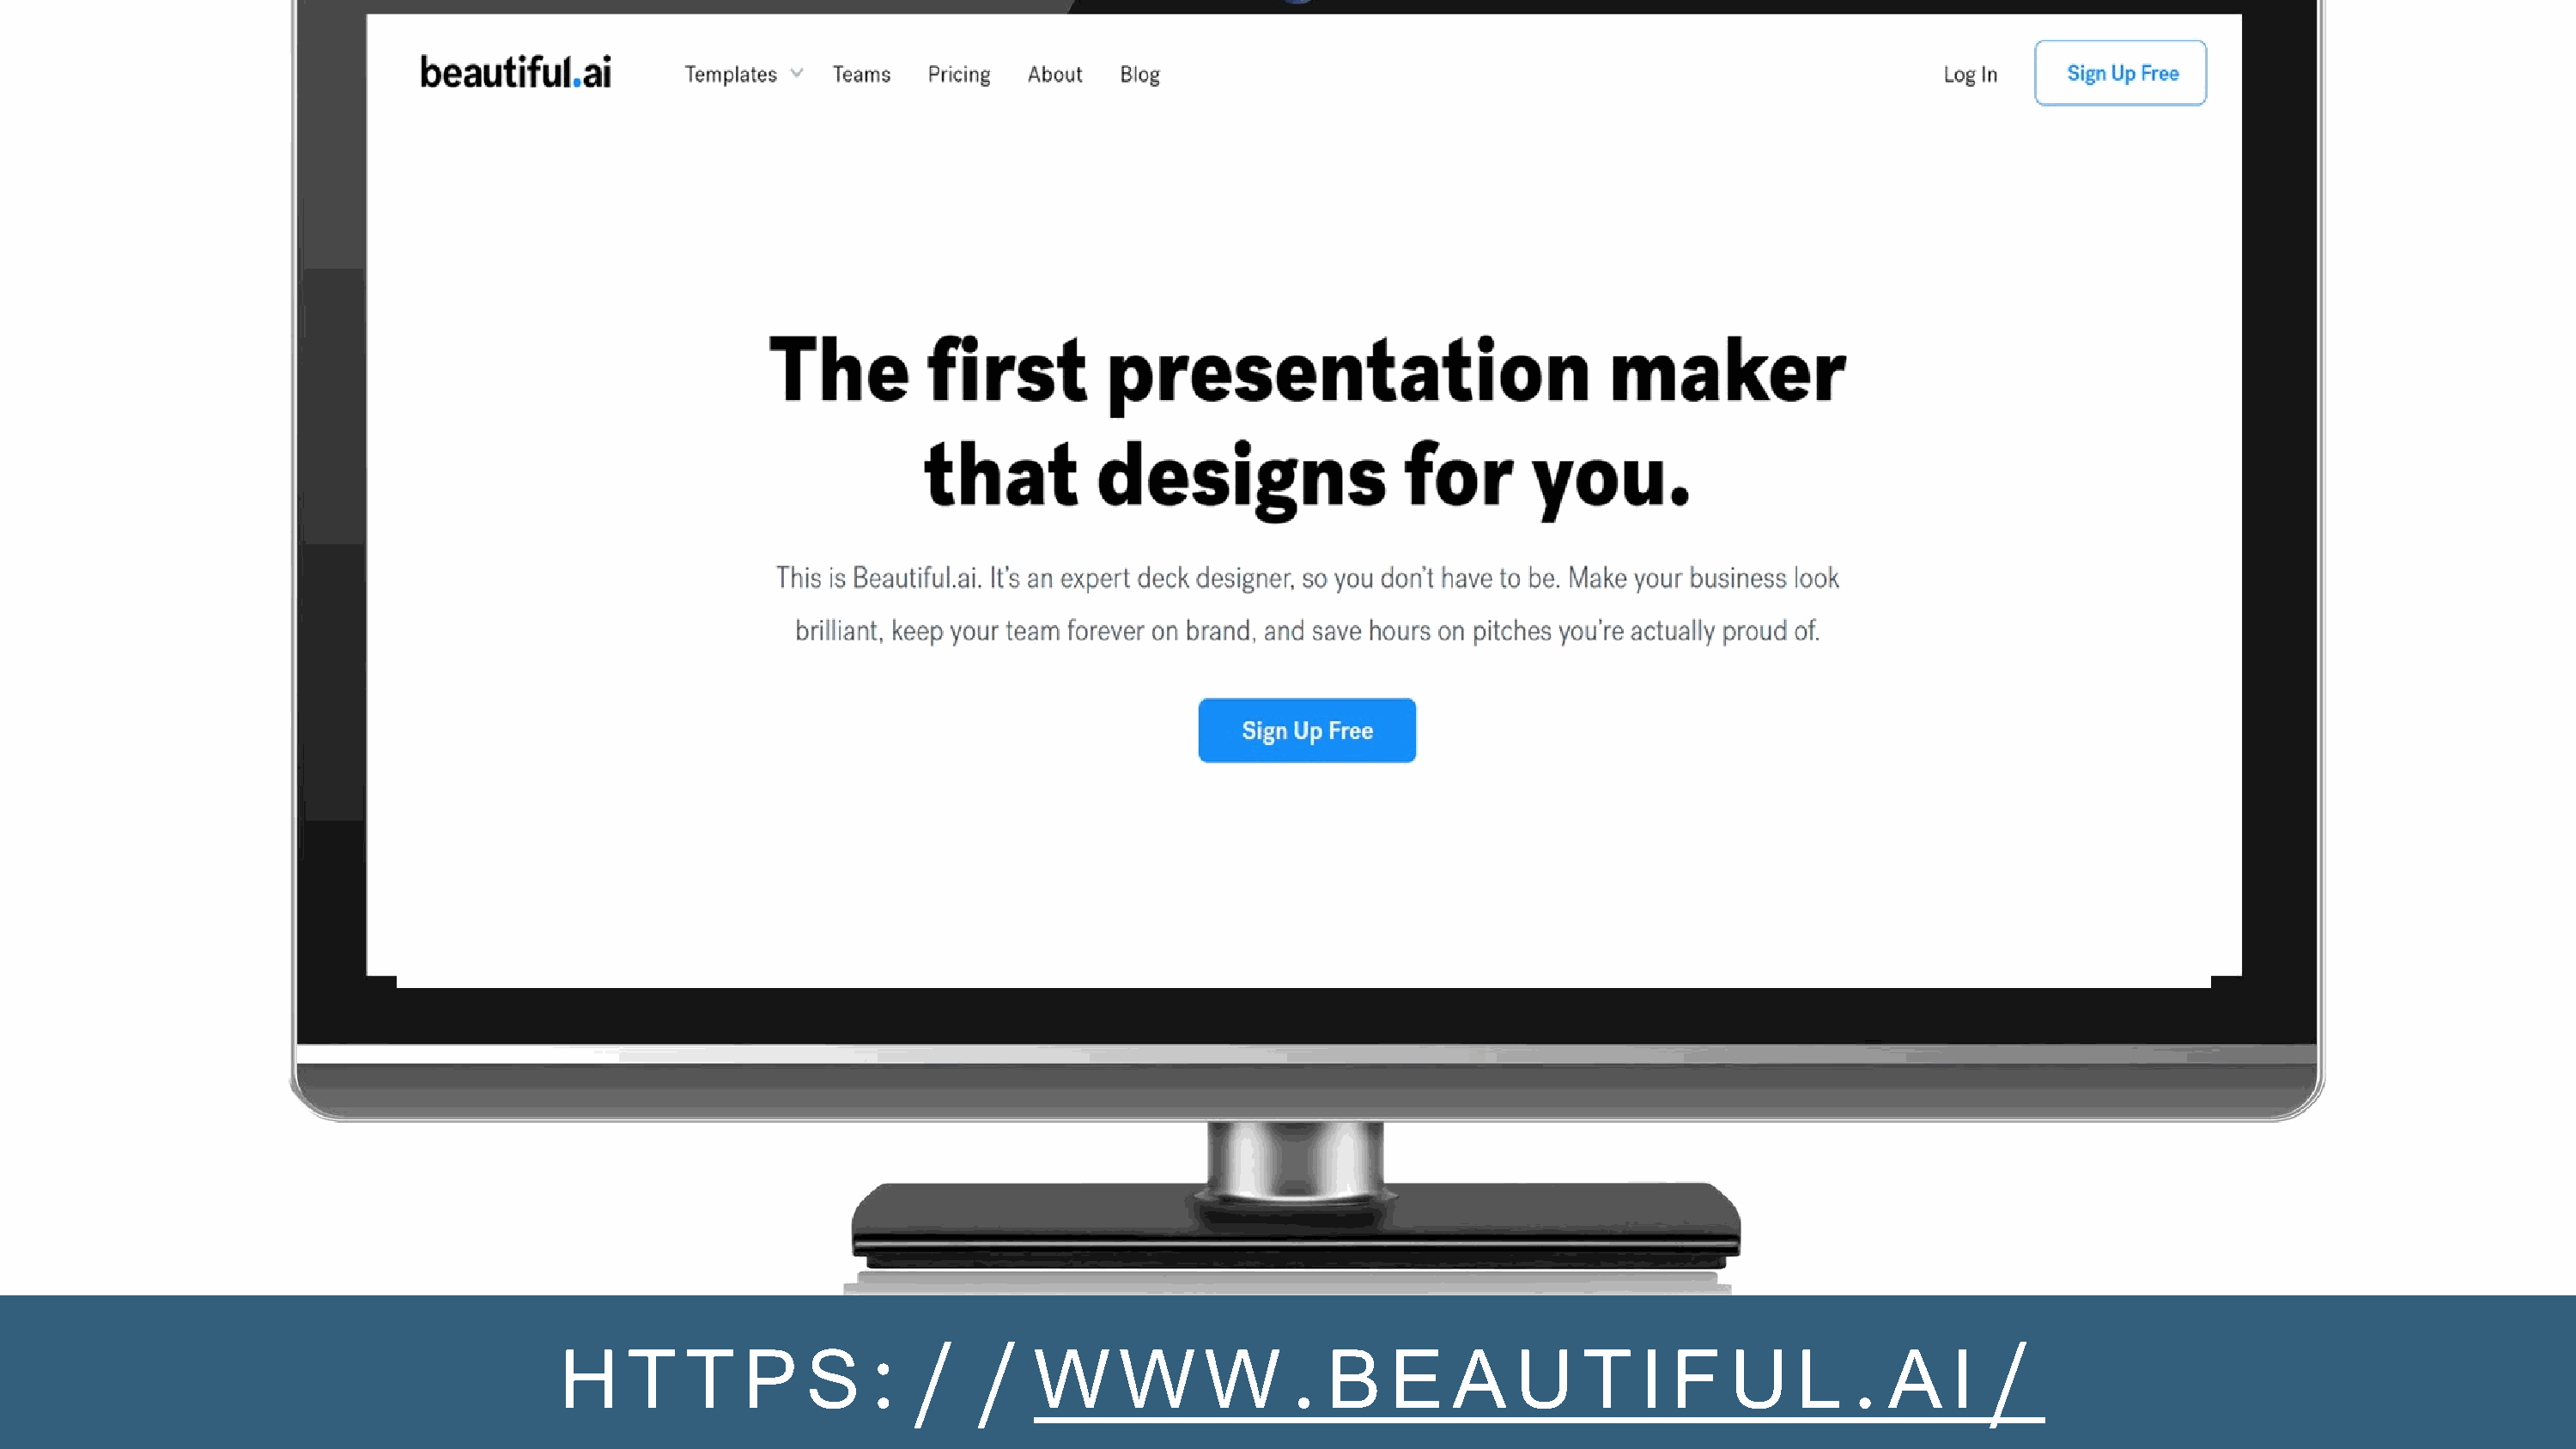
:  /    /                       .                                           .         /
 H    T    T   P    S                 W     W      W        B    E    A    U    T   I  F   U     L      A   I